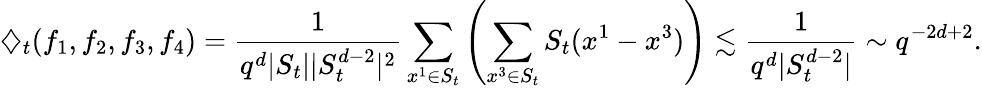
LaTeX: {\diamondsuit}_{t}(f_{1},f_{2},f_{3},f_{4})=\frac{1}{q^{d}|S_{t}||S_{t}^{d-2}|^{2}}\sum_{x^{1}\in S_{t}}\left(\sum_{x^{3}\in S_{t}}S_{t}(x^{1}-x^{3})\right)\lesssim\frac{1}{q^{d}|S_{t}^{d-2}|}\sim q^{-2d+2}.